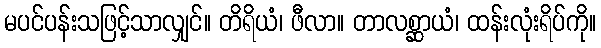
မပင်ပန်းသဖြင့်သာလျှင်။ တိရိယံ၊ ဖီလာ။ တာလစ္ဆာယံ၊ ထန်းလုံးရိပ်ကို။